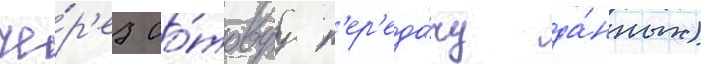
че́р'ез со́товуу п'ер'еда́чу да́нных)